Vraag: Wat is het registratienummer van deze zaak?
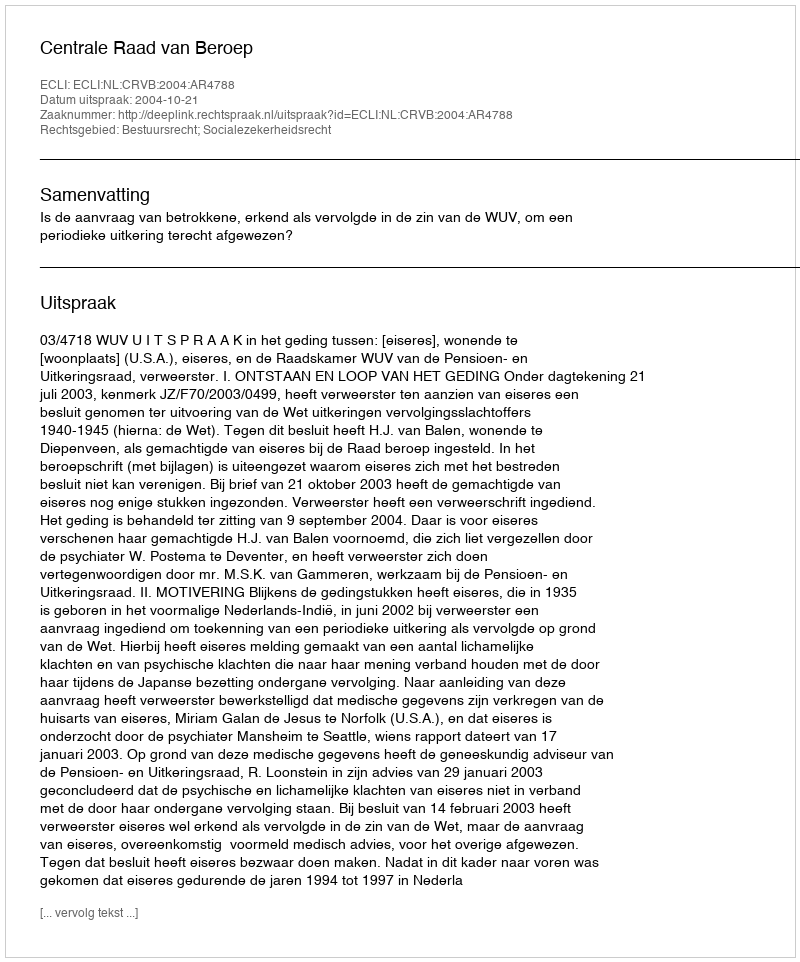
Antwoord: http://deeplink.rechtspraak.nl/uitspraak?id=ECLI:NL:CRVB:2004:AR4788